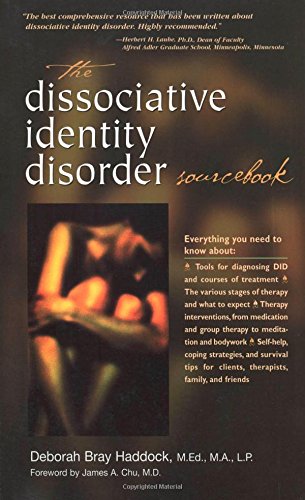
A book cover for The Dissociative Identity Disorder Sourcebook (Sourcebooks); Deborah Haddock; Health, Fitness & Dieting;